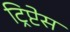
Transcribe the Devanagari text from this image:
ट्रिप्टेस